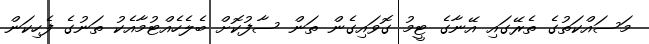
މަސައްކަތުގެ ތެރޭގައި އޭނާގެ ޓީމު ގޮވައިގެން ތަން ސާފުކޮށް ބެލެެހެއްޓުމާއެކު ތަނުގެ ފެހިކަން